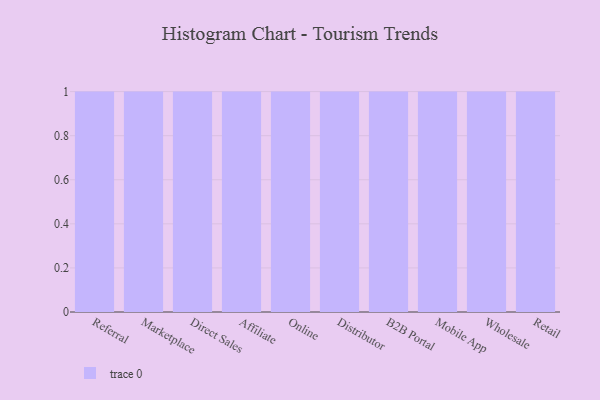
{"axis": {"x": "Channel", "y": "Net Income (USD K)"}, "legend": [""], "data": [{"x": "Referral", "y": 43, "type": ""}, {"x": "Marketplace", "y": 30, "type": ""}, {"x": "Direct Sales", "y": 16, "type": ""}, {"x": "Affiliate", "y": 42, "type": ""}, {"x": "Online", "y": 66, "type": ""}, {"x": "Distributor", "y": 34, "type": ""}, {"x": "B2B Portal", "y": 52, "type": ""}, {"x": "Mobile App", "y": 44, "type": ""}, {"x": "Wholesale", "y": 39, "type": ""}, {"x": "Retail", "y": 16, "type": ""}]}